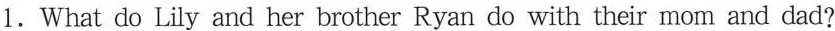
1.What do Lily and her brother Ryan do with their mom and dad?